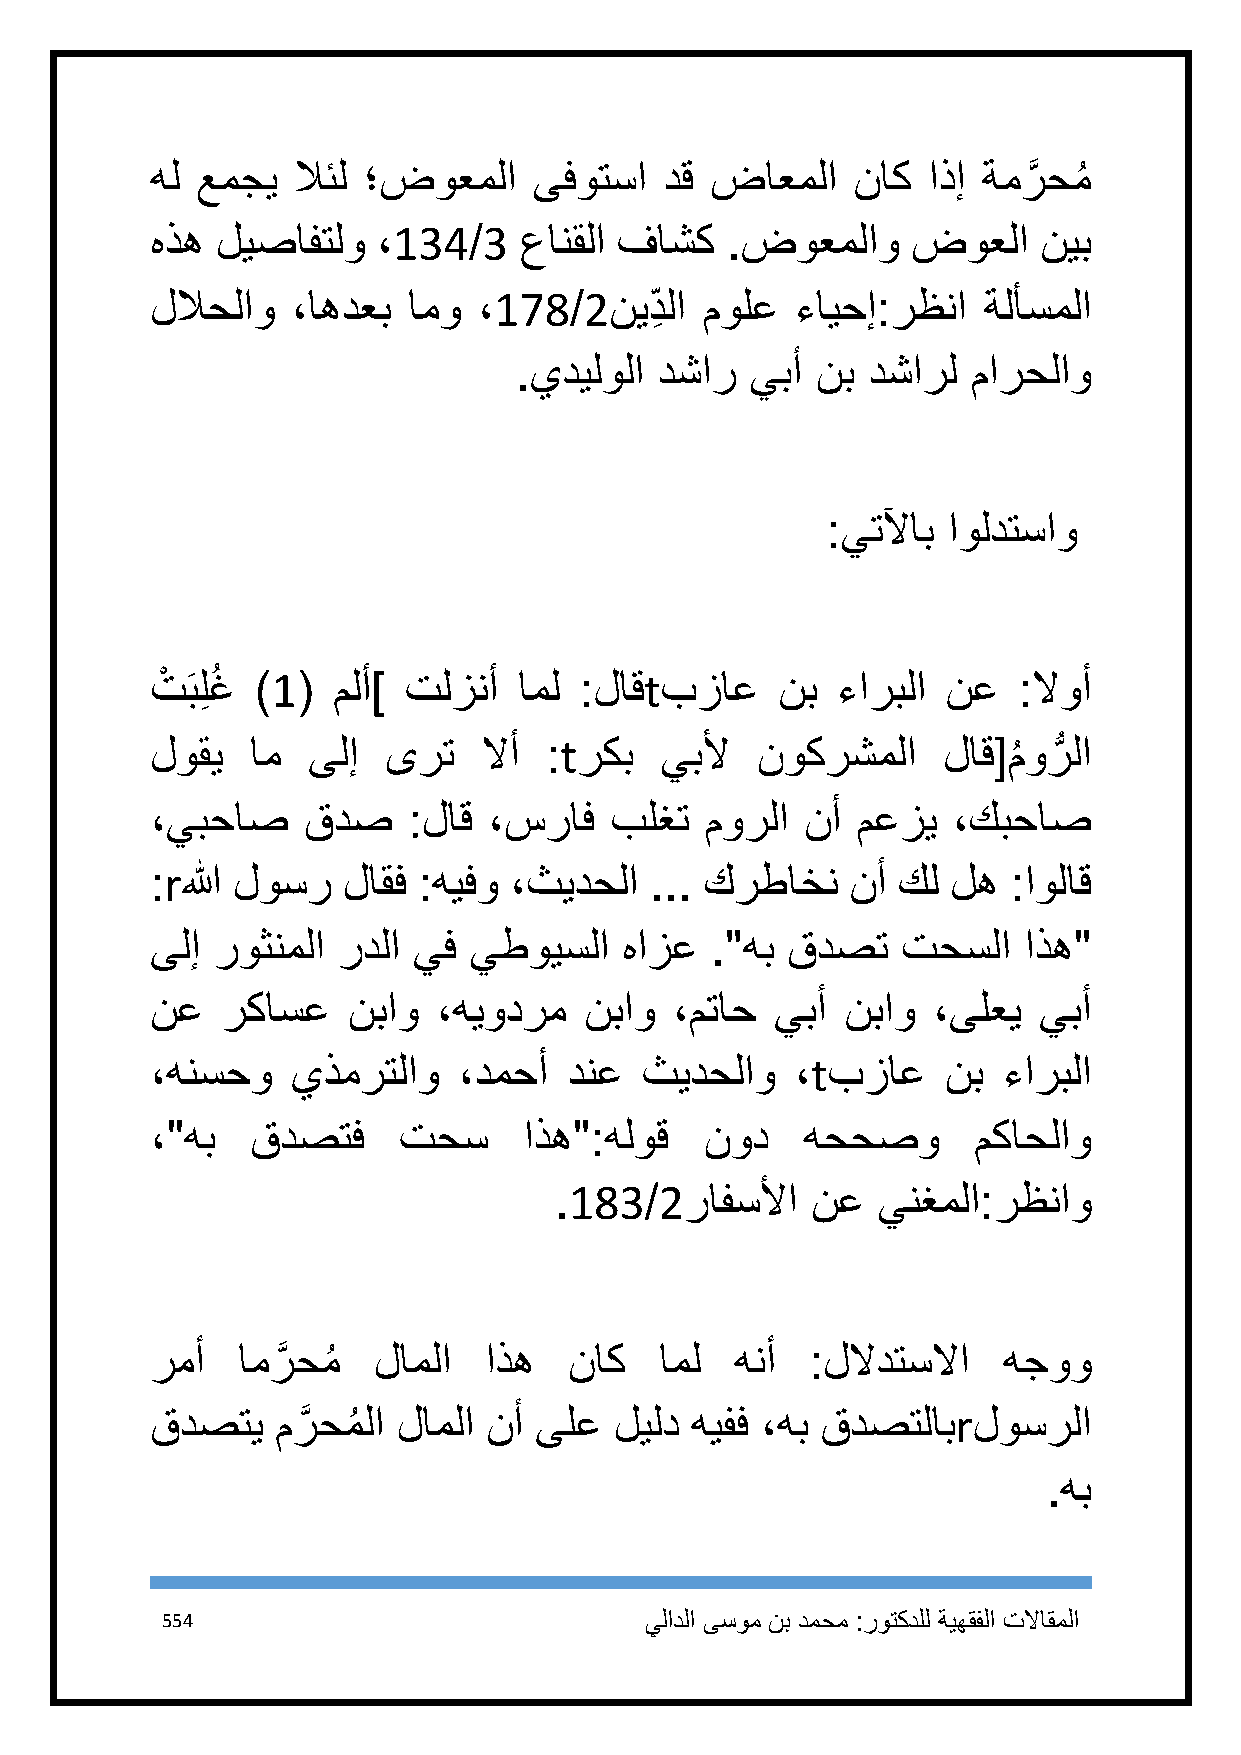
هل عمجي  لائل ؛ضوعملا    ىفوتسا   دق ضاعملا   ناك  اذإ ةمرَّ حمُ
 هذه ليصافتلو   ،134/3   عانقلا فاشك   .ضوعملاو    ضوعلا    نيب
 للاحلاو  ،اهدعب  امو  ،178/2نيد  ِ لا مولع ءايحإ:رظنا  ةلأسملا
 .يديلولا  دشار  يبأ نب دشارل  مارحلاو
 :يتلآاب اولدتساو
 تْ َبلِ غُ )1( ملأ] تلزنأ امل :لاقtبزاع   نب ءاربلا  نع  :لاوأ
 لوقي   ام ىلإ   ىرت   لاأ :tركب   يبلأ  نوكرشملا    لاق[ م
 ُ
 ورُّ لا
 ،يبحاص    قدص    :لاق ،سراف   بلغت   مورلا نأ  معزي  ،كبحاص
 :rالله لوسر  لاقف :هيفو ،ثيدحلا  ... كرطاخن   نأ كل  له  :اولاق
 ىلإ روثنملا ردلا يف  يطويسلا   هازع  ."هب قدصت    تحسلا   اذه"
 نع   ركاسع   نباو  ،هيودرم   نباو  ،متاح يبأ  نباو  ،ىلعي  يبأ
 ،هنسحو   يذمرتلاو   ،دمحأ   دنع ثيدحلاو    ،tبزاع    نب ءاربلا
 ،"هب   قدصتف    تحس      اذه":هلوق   نود   هححصو      مكاحلاو
 .183/2رافسلأا    نع  ينغملا:رظناو
 رمأ   امرَّ حمُ لاملا اذه   ناك   امل  هنأ  :للادتسلاا  هجوو
 قدصتي   مرَّ حمُ لا لاملا نأ ىلع ليلد هيفف ،هب قدصتلابrلوسرلا
 .هب
 554                             يلادلا ىسوم نب دمحم :روتكدلل ةيهقفلا تلااقملا